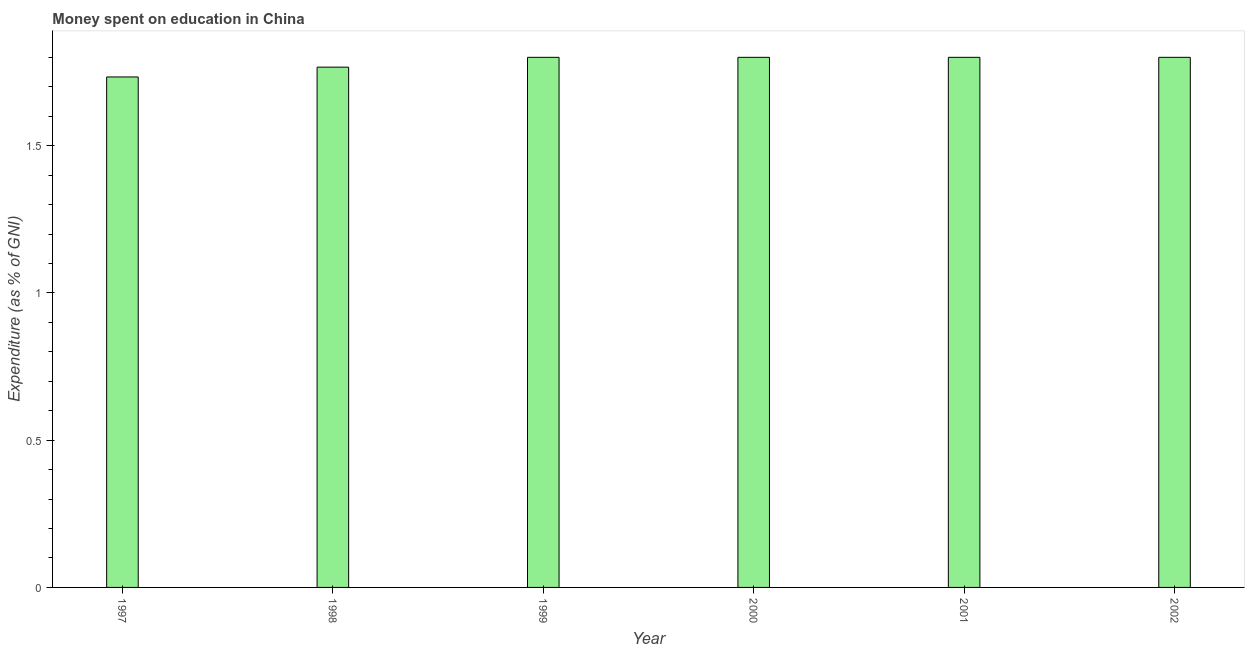
| Year | Education expenditure |
 | --- | --- |
 | 1997 | 1.73 |
 | 1998 | 1.77 |
 | 1999 | 1.8 |
 | 2000 | 1.8 |
 | 2001 | 1.8 |
 | 2002 | 1.8 |